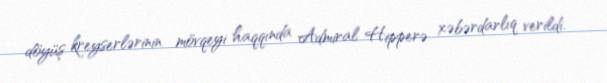
döyüş kreyserlərinin mövqeyi haqqında Admiral Hipperə xəbərdarlıq verildi.